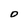
Character: D